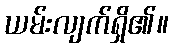
ယမ်းလျက်ရှိ၏။